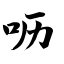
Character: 呖